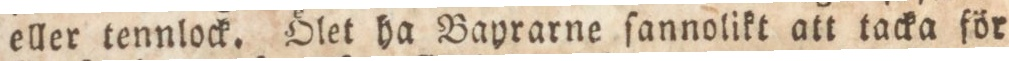
eller tennlock. Ölet ha Bayrarne ſannolikt att tacka för